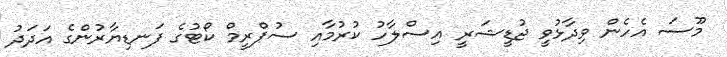
މޫސަ އެހެން ވިދާޅުވީ ޖުޑީޝަރީ އިސްލާހު ކުރުމާއި ސުޕްރީމް ކޯޓުގެ ފަނޑިޔާރުންގެ އަދަދު